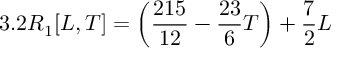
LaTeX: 3 . 2 R _ { 1 } [ L , T ] = \left( \frac { 2 1 5 } { 1 2 } - \frac { 2 3 } { 6 } T \right) + \frac { 7 } { 2 } L